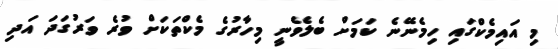
މި އައިމެކްގައި ހިމެނޭނެ ކަމަށް ބެލެވެނީ މިހާރުގެ މެކްތަކަށް ވުރެ ވަރުގަދަ އަދި